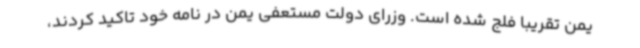
یمن تقریبا فلج شده است. وزرای دولت مستعفی یمن در نامه خود تاکید کردند،